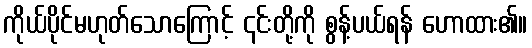
ကိုယ်ပိုင်မဟုတ်သောကြောင့် ၎င်းတို့ကို စွန့်ပယ်ရန် ဟောထား၏။